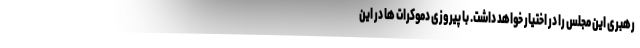
رهبری این مجلس را در اختیار خواهد داشت. با پیروزی دموکرات ها در این